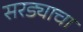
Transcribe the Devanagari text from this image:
सरड्याचा